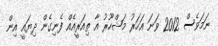
ނަމަވެސް 2012 ވަނަ އަހަރު މަޝްހޫރު އާ ތިއަރީއެއް ފެނިގެން ދިޔައީ އިން